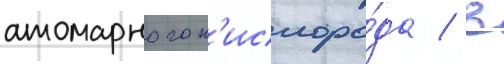
атомарного к'ислоро́да / в